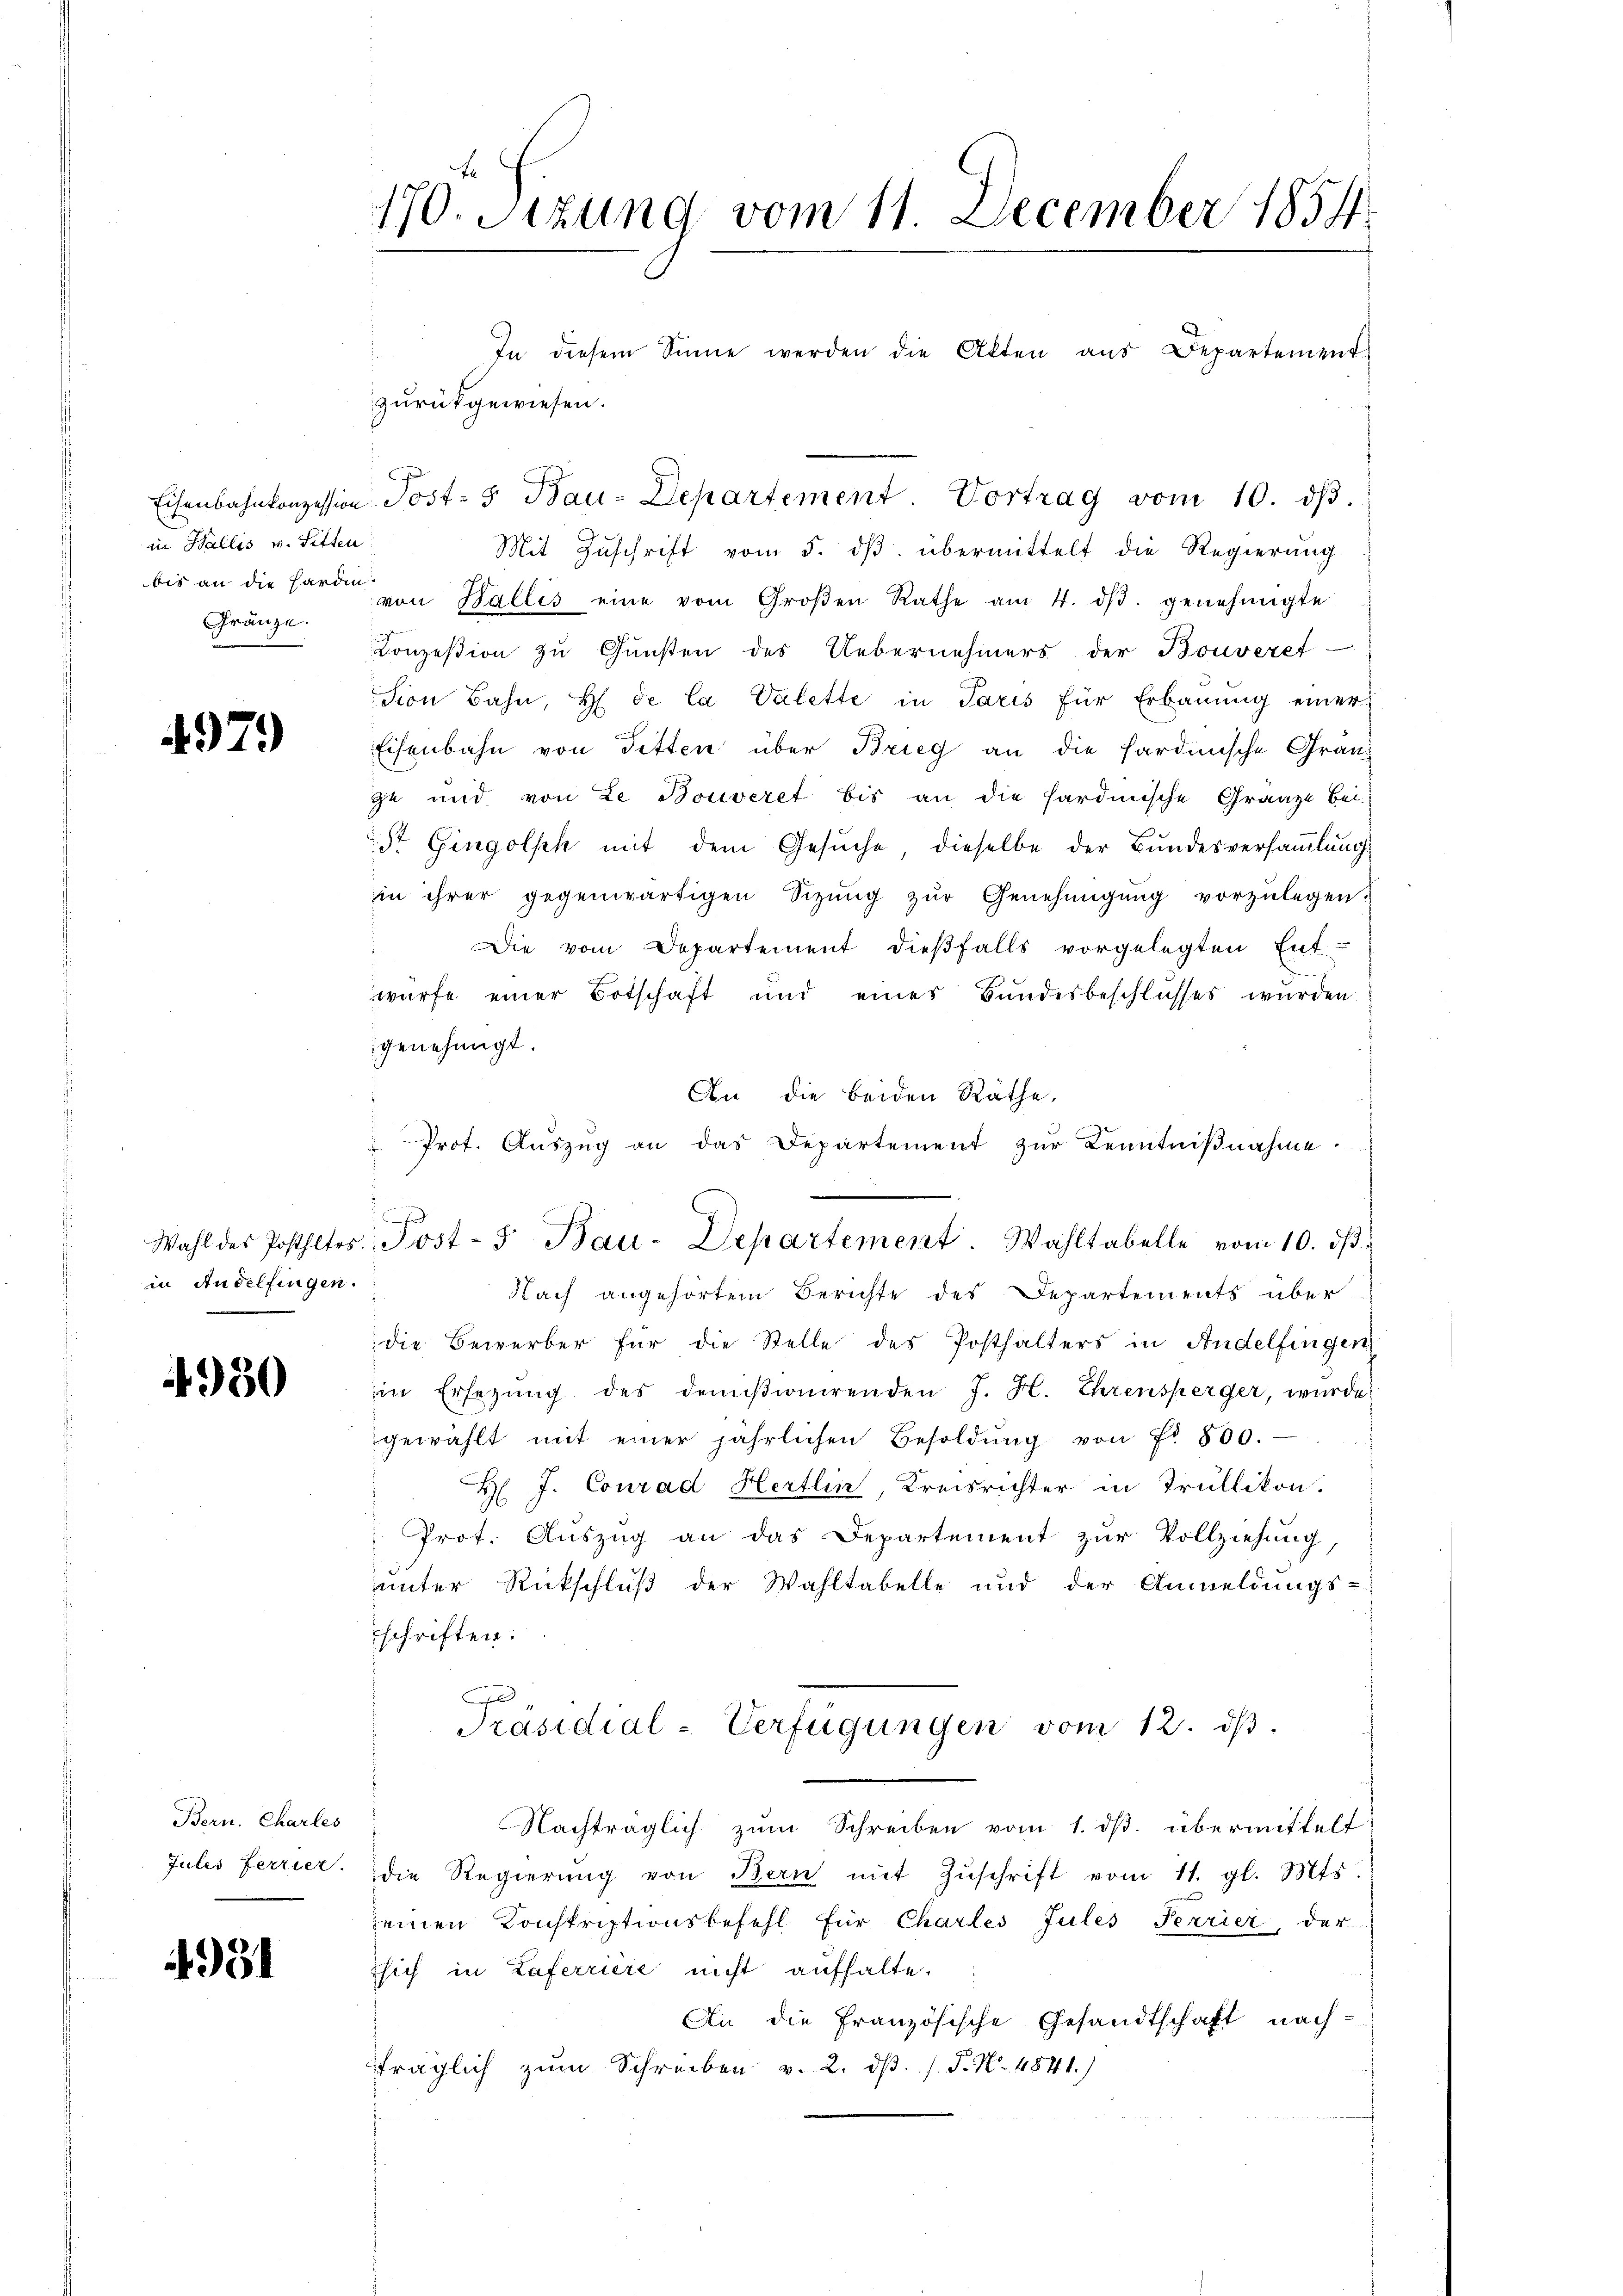
in Wallis v. Sitten
Gränze.

4979

in Andelfingen.

4950

Bern. Charles

4951

170. Sitzung vom 11. December 1854.

In diesem Sinne werden die Akten aus Departement
.
zurückgewiesen.
Eisenbahnkonzession Post- & Bau-Departement. Vortrag vom 10. dβ.
Mit Zŭschrift vom 5. dβ übermittelt die Regierung
bis an die Hard von Wallis eine vom Groβen Rathe am 4. dβ. genehmigte
Conzession zu Gunsten des Uebernehmers der Bouveref-
sion Bahn, H. de la Valette in Paris für Erbaŭŭng einer
Eisenbahn von Ditten über Brieg an die Sardinische Gränz
ze und von Le Bouveret bis an die hardinische Gränze bei
St. Gingolph mit dem Gesuche, dieselbe der Bundesversammlungs
in ihrer gegenwärtigen Sizung zur Genehmigung vorzulegen.
Die vom Departement dieβfalls vorgelegten Ent-
würfe einer Botschaft und eines Bundesbeschlusses wurden.
genehmigt.
An die beiden Räthe,
 Prot. Auszug an das Departement zur Kenntniβnahme.
Nach angehörtem Berichte des Departements über
die Bewerber für die Stelle des Posthalters in Andelfingen,
in Ersezung des demisionirenden J. H. Ehrensperger, wurde
gewählt mit einer jährlichen Besoldŭng von f. 500.
H J. Conrad Hertlin, Kreisrichter in Trüllikon.
Prot. Auszug an das Departement zur Vollziehung,
unter Rückschluß der Wahltabelle und der Anmeldungs-
schriften.
Präsidial-Verfügungen vom 12. dβ.
Nachträglich zum Schreiben vom 1. dβ übermittelt
Jules ferrier. Die Regierŭng von Bern mit Zŭschrift vom 11. gl. Mts.
seinen Konskriptionsbefehl für Charles Jules Ferrier, der
sich in Haferrière nicht aufhalte.
Ain die französische Gesandtschaft nachträglich zum Schreiben v. 2. dβ. /. P. Nr. 4841.)

s

.
Wahl des Posthltes, Jost- u Bau-Departement. Wahltabelle vom 10. dβ.